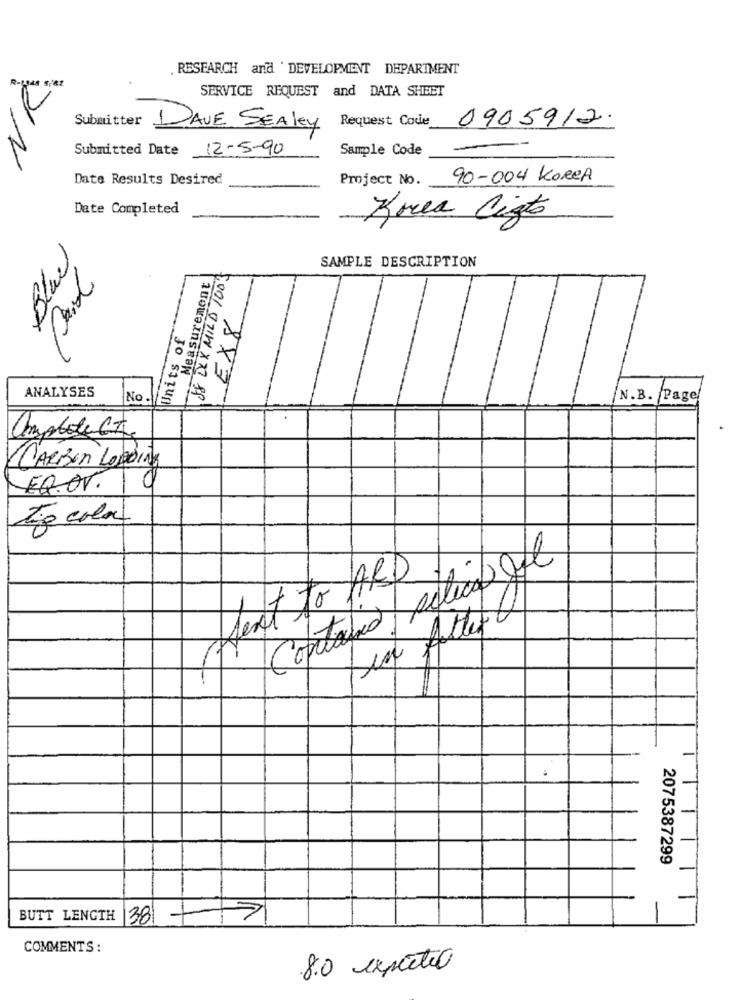
. RESEARCH and DEVELOPMENT DEPARTMENT
SERVICE REQUEST and DATA SHEET
2
Submitter
0905912.
DAVE SEAley
Request Code
Submitted Date 12-5-90
Sample Code
Date Results Desired
Project No.
90-004 KOREA
Date Completed
Krea Cigto
Blue
SAMPLE DESCRIPTION
88 DLX MILD 1003
Measurement
EX8
Units of
ANALYSES
No
N.B. Page
Omalote Gt
CARBON LOBBING
EQ.OV.
Zio cola
Contained Action Ost
text to HARD
7
Attert
2075387299
BUTT LENGTH
38
COMMENTS :
8.0 expertio